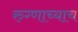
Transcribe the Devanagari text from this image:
रुग्णाच्याच